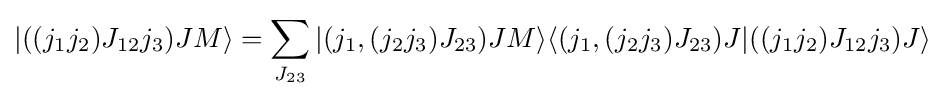
|((j_{1}j_{2})J_{12}j_{3})JM\rangle =\sum _{J_{23}}|(j_{1},(j_{2}j_{3})J_{23})JM\rangle \langle (j_{1},(j_{2}j_{3})J_{23})J|((j_{1}j_{2})J_{12}j_{3})J\rangle